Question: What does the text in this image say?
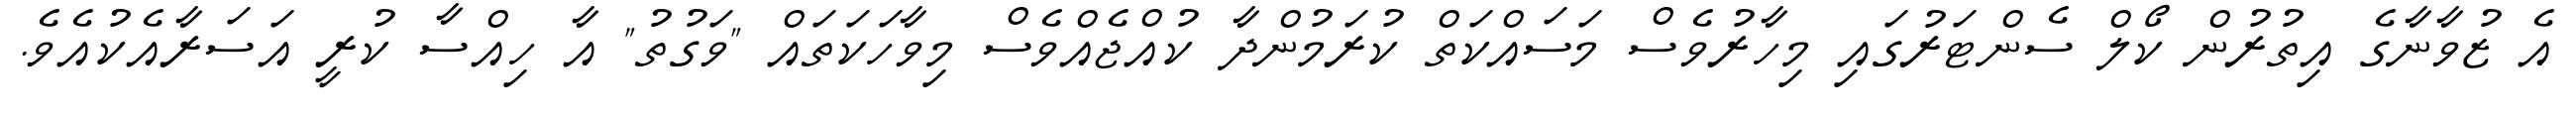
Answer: އެ ޒުވާނާގެ އިތުރުން ކޯލް ސެންޓަރުގައި މިހާރުވެސް މަސައްކަތް ކުރަމުންދާ ކުއްޖެއްވެސް މިވާހަކަތައް "ވަގުތު" އާ ހިއްސާ ކުރީ އަސަރާއެކުއެވެ.